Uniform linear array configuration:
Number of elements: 12
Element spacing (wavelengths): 0.75
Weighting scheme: kaiser
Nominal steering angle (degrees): -15
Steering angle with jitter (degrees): -15.388
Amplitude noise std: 0.05
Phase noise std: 0.05

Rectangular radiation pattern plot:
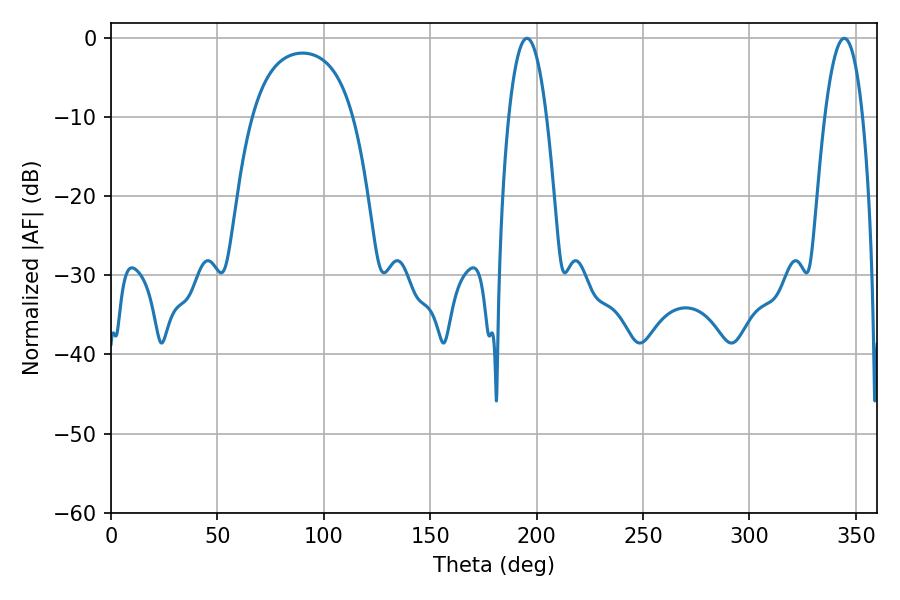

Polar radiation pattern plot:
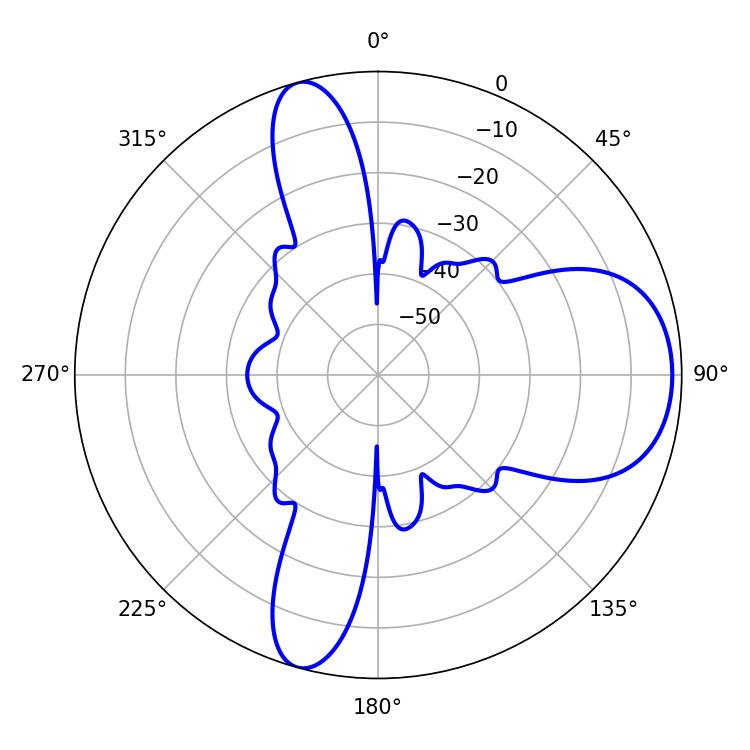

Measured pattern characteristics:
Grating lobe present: TRUE
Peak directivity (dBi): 8.805
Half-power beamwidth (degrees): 9.9
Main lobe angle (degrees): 195.48